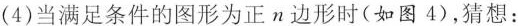
（4）当满足条件的图形为正边形时（如图4），猜想：